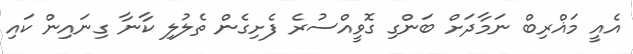
އެއީ މަޣްރިބް ނަމާދަށް ބަންގި ގޮވީއްސުރެ ފެށިގެން ތެލުލި ކާނާ ގިނައިން ކައި